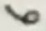
Text: 6